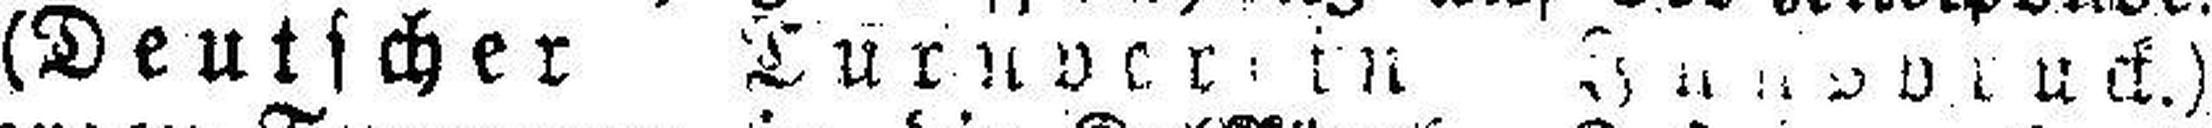
(Deutscher Turnverein Innsbruck.)